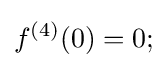
f^{(4)}(0)=0;